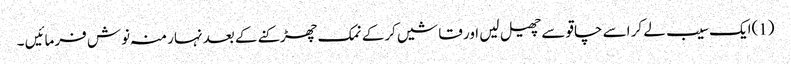
(1)ایک سیب لے کر اسے چاقو سے چھیل لیں اور قاشیں کرکے نمک چھڑکنے کے بعد نہار منہ نوش فرمائیں ۔